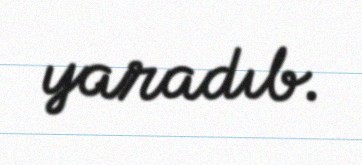
yaradıb.